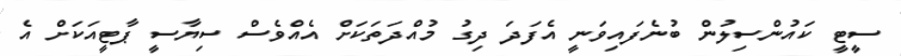
ސީޓީ ކައުންސިލުން ބުނެފައިވަނީ އެފަދަ ދިގު މުއްދަތަކަށް އެއްވެސް ސިޔާސީ ޕާޓީއަކަށް އެ